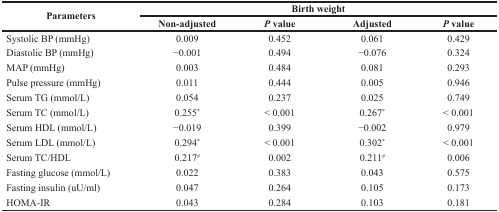
<table><thead><tr><td rowspan="2"><b>Parameters</b></td><td colspan="4"><b>Birth weight</b></td></tr><tr><td><b>Non-adjusted</b></td><td><b><i>P</i> value</b></td><td><b>Adjusted</b></td><td><b><i>P</i> value</b></td></tr></thead><tbody><tr><td>Systolic BP (mmHg)</td><td>0.009</td><td>0.452</td><td>0.061</td><td>0.429</td></tr><tr><td>Diastolic BP (mmHg)</td><td>−0.001</td><td>0.494</td><td>−0.076</td><td>0.324</td></tr><tr><td>MAP (mmHg)</td><td>0.003</td><td>0.484</td><td>0.081</td><td>0.293</td></tr><tr><td>Pulse pressure (mmHg)</td><td>0.011</td><td>0.444</td><td>0.005</td><td>0.946</td></tr><tr><td>Serum TG (mmol/L)</td><td>0.054</td><td>0.237</td><td>0.025</td><td>0.749</td></tr><tr><td>Serum TC (mmol/L)</td><td>0.255*</td><td>&lt; 0.001</td><td>0.267*</td><td>&lt; 0.001</td></tr><tr><td>Serum HDL (mmol/L)</td><td>−0.019</td><td>0.399</td><td>−0.002</td><td>0.979</td></tr><tr><td>Serum LDL (mmol/L)</td><td>0.294*</td><td>&lt; 0.001</td><td>0.302*</td><td>&lt; 0.001</td></tr><tr><td>Serum TC/HDL</td><td>0.217#</td><td>0.002</td><td>0.211#</td><td>0.006</td></tr><tr><td>Fasting glucose (mmol/L)</td><td>0.022</td><td>0.383</td><td>0.043</td><td>0.575</td></tr><tr><td>Fasting insulin (uU/ml)</td><td>0.047</td><td>0.264</td><td>0.105</td><td>0.173</td></tr><tr><td>HOMA-IR</td><td>0.043</td><td>0.284</td><td>0.103</td><td>0.181</td></tr></tbody></table>